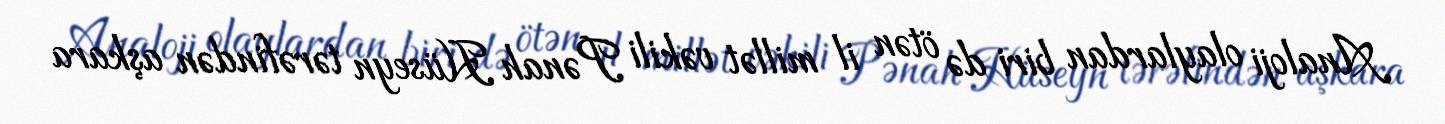
Analoji olaylardan biri də ötən il millət vəkili Pənah Hüseyn tərəfindən aşkara